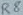
Text: R8